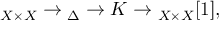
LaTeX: \O _ { X \times X } \to \O _ { \Delta } \to { \cal K } \to \O _ { X \times X } [ 1 ] ,